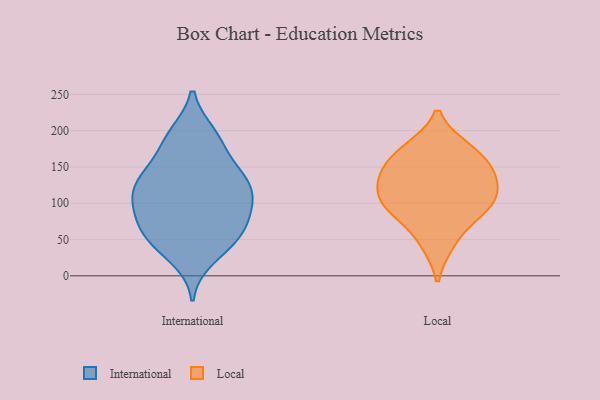
{"axis": {"x": "Shipments", "y": "Value"}, "legend": ["International", "Local"], "data": [{"x": "", "y": 189, "type": "International"}, {"x": "", "y": 49, "type": "International"}, {"x": "", "y": 56, "type": "International"}, {"x": "", "y": 136, "type": "International"}, {"x": "", "y": 100, "type": "International"}, {"x": "", "y": 70, "type": "International"}, {"x": "", "y": 25, "type": "International"}, {"x": "", "y": 58, "type": "International"}, {"x": "", "y": 126, "type": "International"}, {"x": "", "y": 102, "type": "International"}, {"x": "", "y": 160, "type": "International"}, {"x": "", "y": 129, "type": "International"}, {"x": "", "y": 106, "type": "International"}, {"x": "", "y": 190, "type": "International"}, {"x": "", "y": 137, "type": "International"}, {"x": "", "y": 92, "type": "International"}, {"x": "", "y": 79, "type": "International"}, {"x": "", "y": 44, "type": "International"}, {"x": "", "y": 128, "type": "International"}, {"x": "", "y": 195, "type": "International"}, {"x": "", "y": 83, "type": "Local"}, {"x": "", "y": 172, "type": "Local"}, {"x": "", "y": 44, "type": "Local"}, {"x": "", "y": 146, "type": "Local"}, {"x": "", "y": 176, "type": "Local"}, {"x": "", "y": 132, "type": "Local"}, {"x": "", "y": 94, "type": "Local"}, {"x": "", "y": 102, "type": "Local"}, {"x": "", "y": 140, "type": "Local"}, {"x": "", "y": 112, "type": "Local"}]}